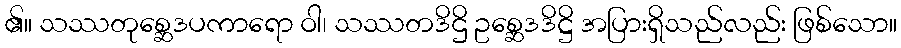
၏။ သဿတုစ္ဆေဒပကာရော ဝါ၊ သဿတဒိဌိ ဥစ္ဆေဒဒိဋ္ဌိ အပြားရှိသည်လည်း ဖြစ်သော။